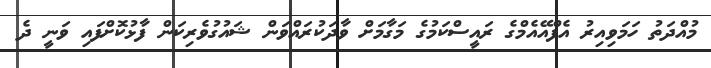
މުއްދަތު ހަމަވިއިރު އެފްއޭއެމްގެ ރައީސްކަމުގެ މަގާމަށް ވާދަކުރައްވަން ޝައުގުވެރިކަން ފާޅުކޮށްފައި ވަނީ ދެ